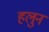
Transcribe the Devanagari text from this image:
हलुन